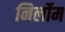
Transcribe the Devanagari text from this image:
निर्लोम